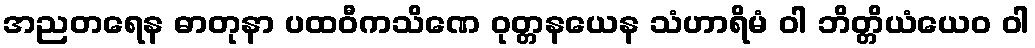
အညတရေန ဓာတုနာ ပထဝီကသိဏေ ဝုတ္တနယေန သံဟာရိမံ ဝါ ဘိတ္တိယံယေဝ ဝါ